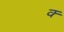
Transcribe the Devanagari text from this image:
क्‍